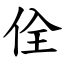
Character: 佺